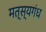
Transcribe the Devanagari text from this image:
मत्स्यगंध